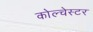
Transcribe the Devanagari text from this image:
कोल्चेस्टर